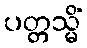
ပတ္တသ္မိံ